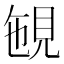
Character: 𧠡